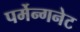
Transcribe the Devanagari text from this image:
पर्मेन्गनेट